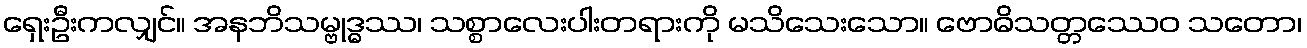
ရှေးဦးကလျှင်။ အနဘိသမ္ဗုဒ္ဓဿ၊ သစ္စာလေးပါးတရားကို မသိသေးသော။ ဗောဓိသတ္တဿေဝ သတော၊